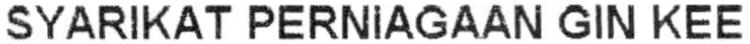
SYARIKAT PERNIAGAAN GIN KEE